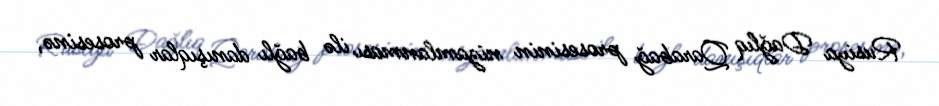
Rusiya Dağlıq Qarabağ prosesinin nizamlanması ilə bağlı danışıqlar prosesinə,